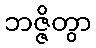
ဘဇ္ဇိတွာ